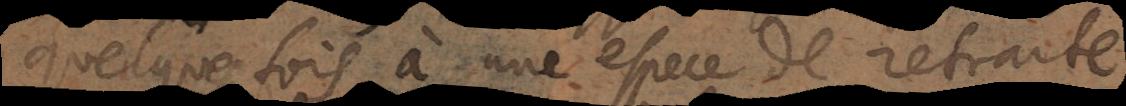
quelquefois à une espece de retraite